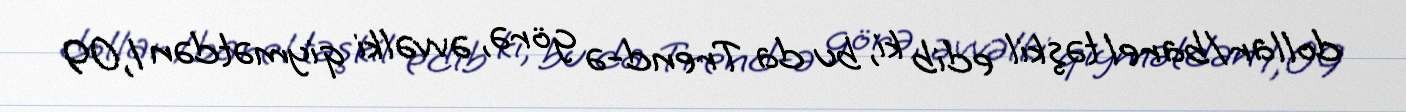
dollar/barel təşkil edib ki, bu da Trend-ə görə, əvvəlki qiymətdən 1,09